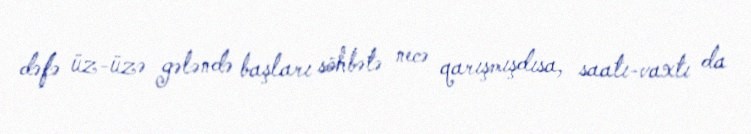
dəfə üz-üzə gələndə başları söhbətə necə qarışmışdısa, saatı-vaxtı da